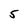
Character: 5